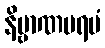
နိဗ္ဗာဏပရမံ